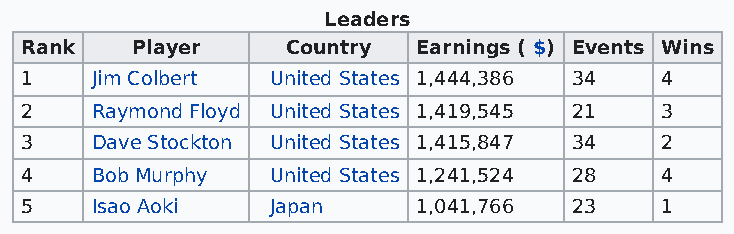
Leaders
 Rank    Player    Country  Earnings ( $) Events Wins
 1    Jim Colbert United States 1,444,386 34 4
 2    Raymond Floyd United States 1,419,545 21 3
 3    Dave Stockton United States 1,415,847 34 2
 4    Bob Murphy  United States 1,241,524 28 4
 5    Isao Aoki   Japan     1,041,766 23    1